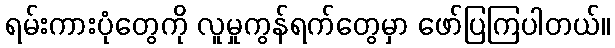
ရမ်းကားပုံတွေကို လူမှုကွန်ရက်တွေမှာ ဖော်ပြကြပါတယ်။